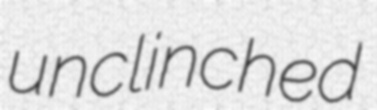
unclinched